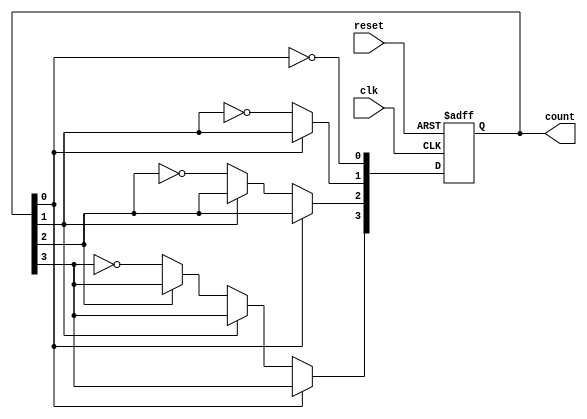
module async_ripple_counter #(
    parameter N = 4  // Number of bits for the counter
)(
    input wire clk,       // Clock input
    input wire reset,     // Asynchronous reset
    output reg [N-1:0] count // Counter output
);

// Always block for the counter logic
always @(posedge clk or posedge reset) begin
    if (reset) begin
        count <= 0; // Reset the counter to 0
    end else begin
        // Ripple counting logic
        count[0] <= ~count[0]; // Toggle LSB
        if (count[0] == 1'b0) begin // If LSB transitions from 1 to 0
            count[1] <= ~count[1]; // Toggle next bit
            if (count[1] == 1'b0) begin // If second bit transitions from 1 to 0
                count[2] <= ~count[2]; // Toggle next bit
                if (count[2] == 1'b0) begin // If third bit transitions from 1 to 0
                    count[3] <= ~count[3]; // Toggle MSB
                end
            end
        end
    end
end

endmodule